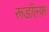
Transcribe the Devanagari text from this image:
रूडॉल्फ़